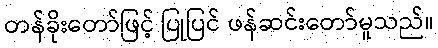
တန်ခိုးတော်ဖြင့် ပြုပြင် ဖန်ဆင်းတော်မူသည်။